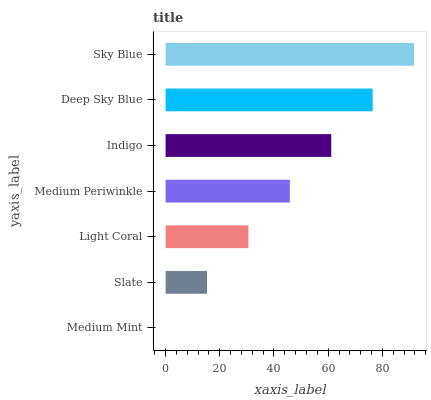
| yaxis_label | bars |
 | --- | --- |
 | Medium Mint | 0 |
 | Slate | 15.3 |
 | Light Coral | 30.6 |
 | Medium Periwinkle | 45.8 |
 | Indigo | 61.1 |
 | Deep Sky Blue | 76.4 |
 | Sky Blue | 91.7 |